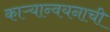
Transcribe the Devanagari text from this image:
काऱ्यान्वयनाची